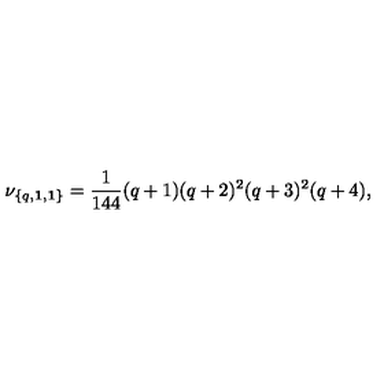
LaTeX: \nu _ { \{ q , { \bf 1 } , { \bf 1 } \} } = { \frac { 1 } { 1 4 4 } } ( q + 1 ) ( q + 2 ) ^ { 2 } ( q + 3 ) ^ { 2 } ( q + 4 ) ,